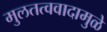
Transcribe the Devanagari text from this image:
मुलतत्ववादामुळे